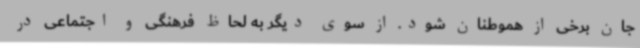
جان برخی از هموطنان شود. از سوی دیگر به لحاظ فرهنگی و اجتماعی در